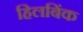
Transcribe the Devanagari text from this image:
हिलबिंक